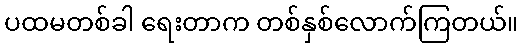
ပထမတစ်ခါ ရေးတာက တစ်နှစ်လောက်ကြတယ်။